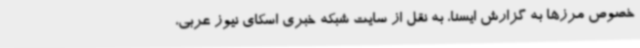
خصوص مرزها به گزارش ایسنا، به نقل از سایت شبکه خبری اسکای نیوز عربی،